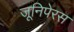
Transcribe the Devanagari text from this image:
जूनिपेरस